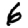
Digit: 6